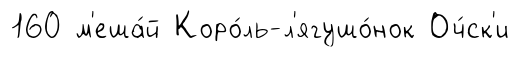
160 м'еша́й Коро́ль-л'ягушо́нок Оч́ск'и